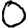
Digit: 0